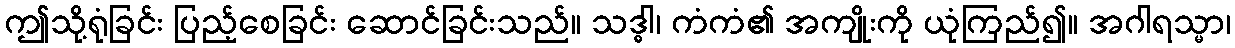
ဤသို့ရုံခြင်း ပြည့်စေခြင်း ဆောင်ခြင်းသည်။ သဒ္ဓါ၊ ကံကံ၏ အကျိုးကို ယုံကြည်၍။ အဂါရသ္မာ၊